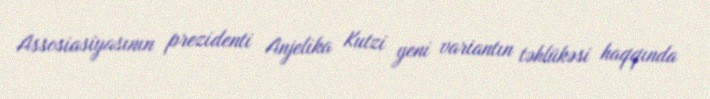
Assosiasiyasının prezidenti Anjelika Kutzi yeni variantın təhlükəsi haqqında